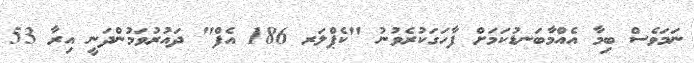
ނަމަވެސް ބިމާ އެއްމާބަނޑުކަމަށް ފާހަގަކުރެވުނު "ކެޕްލަރ 186 އެފް" ދައުރުވަމުންދަނީ އިރާ 53